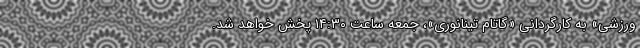
ورزشی» به کارگردانی «گاتام تینانوری»، جمعه ساعت ۱۴:۳۰ پخش خواهد شد.